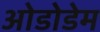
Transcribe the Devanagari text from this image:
ओडोडेम